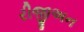
રીજીઅન